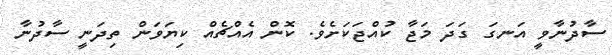
ސާދުނާވީ އަނގަ ގަދަ މަޖާ ކުއްޖަކަށެވެ. ކޮން އެއްޗެއް ކިޔަވަން ތިދަނީ ސާދުނާ